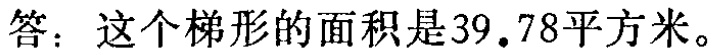
答：这个梯形的面积是\(39.78\)平方米。